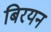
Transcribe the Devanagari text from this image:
बिरयन